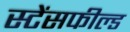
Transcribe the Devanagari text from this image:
स्टेंसफील्ड